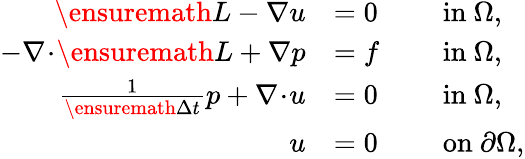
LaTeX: \begin{array}{rlrl}{\ensuremath{L}-\nabla u}&{=0}&&{\mathrm{~in~}\Omega,}\\ {-\nabla\! \cdot\! \ensuremath{L}+\nabla p}&{=f}&&{\mathrm{~in~}\Omega,}\\ {\frac{1}{{\ensuremath{\Delta t}}}p+\nabla\! \cdot\! u}&{=0}&&{\mathrm{~in~}\Omega,}\\ {u}&{=0}&&{\mathrm{~on~}\partial\Omega,}\end{array}